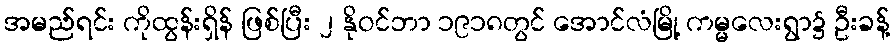
အမည်ရင်း ကိုထွန်းရှိန် ဖြစ်ပြီး ၂ နိုဝင်ဘာ ၁၉၁၈တွင် အောင်လံမြို့ ကမ္မလေးရွာ၌ ဦးခန့်